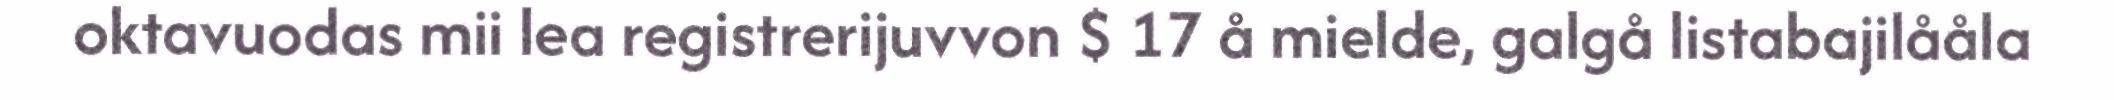
oktavuodas mii lea registrerijuvvon $ 17 å mielde, galgå listabajilååla